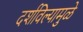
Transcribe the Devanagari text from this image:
दर्शविल्यामुळे